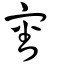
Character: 審